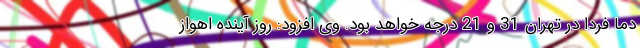
دما فردا در تهران 31 و 21 درجه خواهد بود. وی افزود: روز آینده اهواز